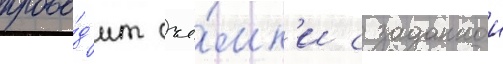
прово́д'ит съё́мк'и с заданнои